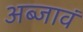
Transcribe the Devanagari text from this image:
अब्जावं